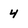
Character: 4